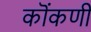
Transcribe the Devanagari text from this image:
कॊंकणी